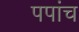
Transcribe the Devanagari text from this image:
पपांच